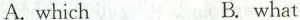
A.which B.what